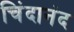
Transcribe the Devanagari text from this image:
चिंदानंद